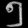
Digit: ၅